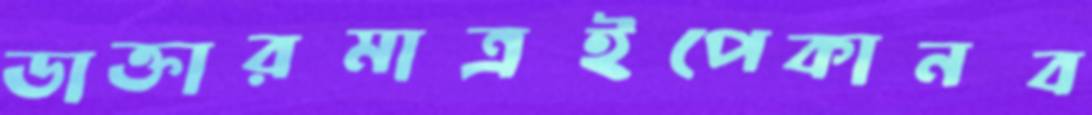
ডাক্তারমাত্রইপেকানব